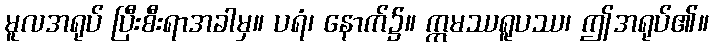
မူလအရုပ် ပြီးစီးရာအခါမှ။ ပရံ၊ နောက်၌။ ဣမဿရူပဿ၊ ဤအရုပ်၏။